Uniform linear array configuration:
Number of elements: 4
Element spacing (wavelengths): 0.25
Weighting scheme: exponential
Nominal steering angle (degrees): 0
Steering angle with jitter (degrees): -0.1085
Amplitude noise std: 0.05
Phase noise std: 0.05

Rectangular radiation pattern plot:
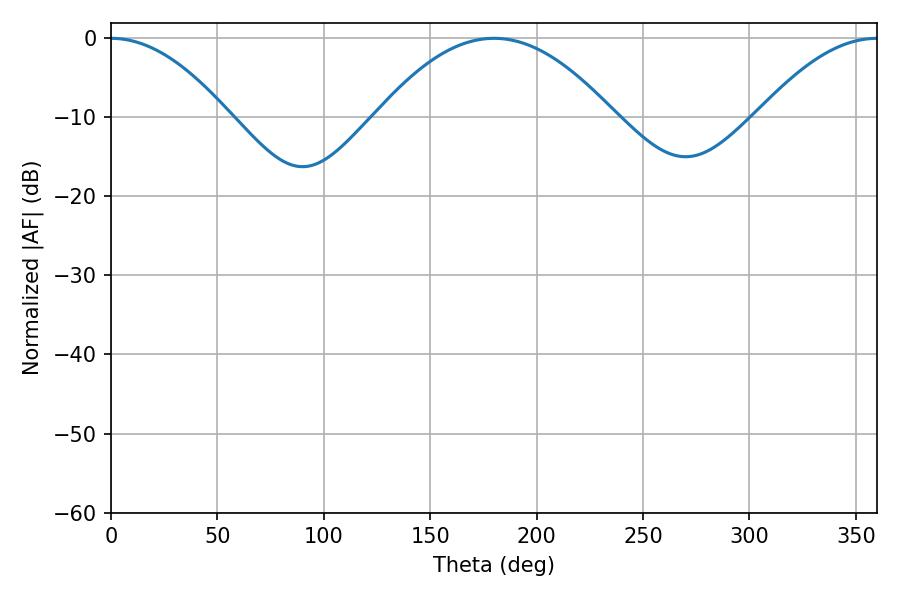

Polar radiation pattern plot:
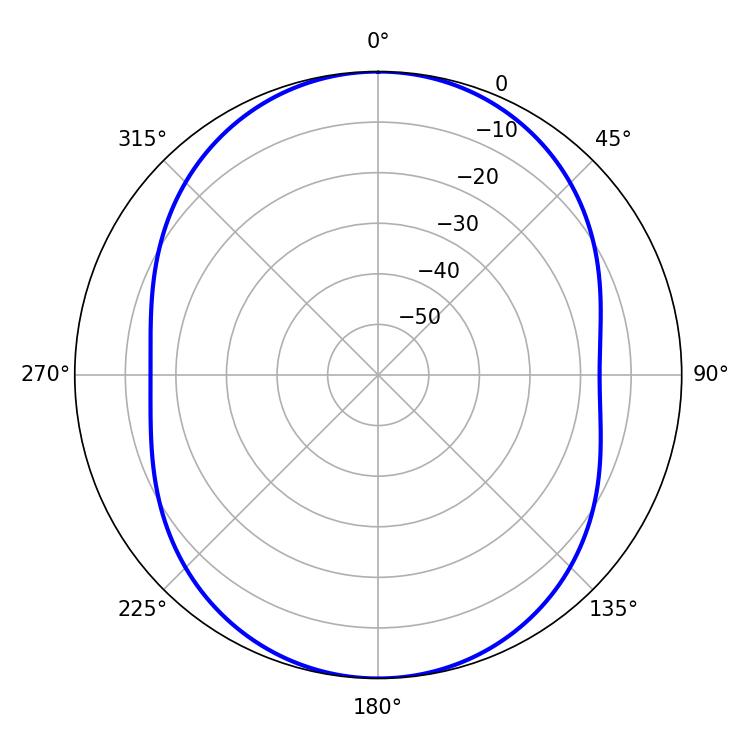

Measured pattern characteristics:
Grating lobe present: FALSE
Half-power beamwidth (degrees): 30.42
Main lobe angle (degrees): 0